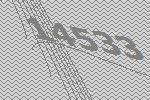
14533